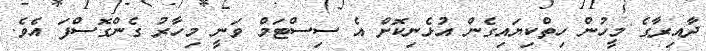
ދާއިރާގެ މީހުން ހިތްކިޔައިގެން އުޅެނިކޮށް އެ ސިސްޓަމް ވަނީ މިހާރު ގެންގޮސްފަ އެވެ.